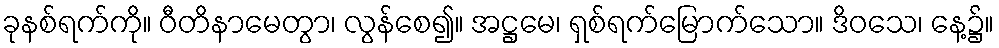
ခုနစ်ရက်ကို။ ဝီတိနာမေတွာ၊ လွန်စေ၍။ အဋ္ဌမေ၊ ရှစ်ရက်မြောက်သော။ ဒိဝသေ၊ နေ့၌။